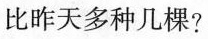
比昨天多种几棵?